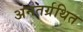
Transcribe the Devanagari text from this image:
अनतर्ग्रथित